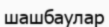
шашбаулар